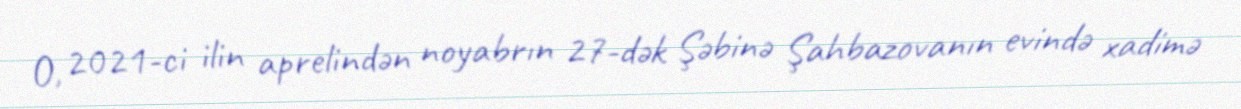
O, 2021-ci ilin aprelindən noyabrın 27-dək Şəbinə Şahbazovanın evində xadimə